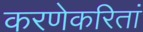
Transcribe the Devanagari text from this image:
करणेकरितां